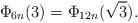
LaTeX: \begin{align*} \Phi_{6n}(3) = \Phi_{12n}(\sqrt{3}).\end{align*}